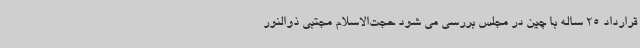
قرارداد 25 ساله با چین در مجلس بررسی می شود حجت‌الاسلام‌ مجتبی ذوالنور